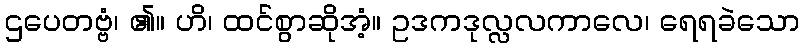
ဌပေတဗ္ဗံ၊ ၏။ ဟိ၊ ထင်စွာဆိုအံ့။ ဥဒကဒုလ္လလကာလေ၊ ရေရခဲသော